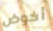
أخوض